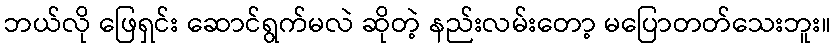
ဘယ်လို ဖြေရှင်း ဆောင်ရွက်မလဲ ဆိုတဲ့ နည်းလမ်းတော့ မပြောတတ်သေးဘူး။